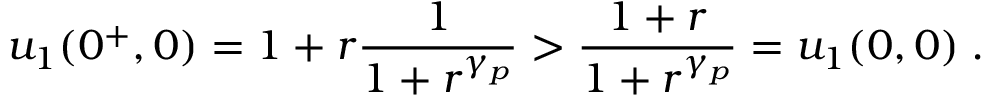
u _ { 1 } ( 0 ^ { + } , 0 ) = 1 + r \frac { 1 } { 1 + r ^ { \gamma _ { p } } } > \frac { 1 + r } { 1 + r ^ { \gamma _ { p } } } = u _ { 1 } ( 0 , 0 ) \; .